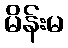
မိန်းမ